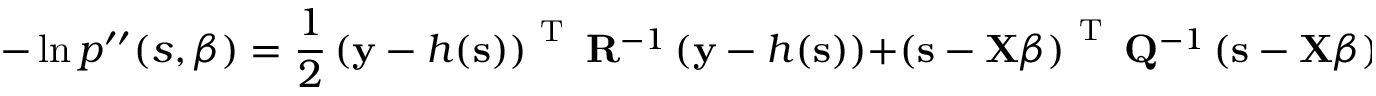
- \ln { p ^ { \prime \prime } ( s , \boldsymbol { \beta } ) } = \frac { 1 } { 2 } \left( \mathbf { y } - h ( \mathbf { s } ) \right) ^ { \mathrm { ~ T ~ } } \mathbf { R } ^ { - 1 } \left( \mathbf { y } - h ( \mathbf { s } ) \right) + \left( \mathbf { s } - \mathbf { X } \boldsymbol { \beta } \right) ^ { \mathrm { ~ T ~ } } \mathbf { Q } ^ { - 1 } \left( \mathbf { s } - \mathbf { X } \boldsymbol { \beta } \right)